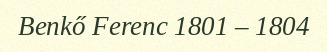
Benkő Ferenc 1801 – 1804